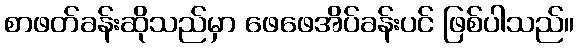
စာဖတ်ခန်းဆိုသည်မှာ ဖေဖေအိပ်ခန်းပင် ဖြစ်ပါသည်။